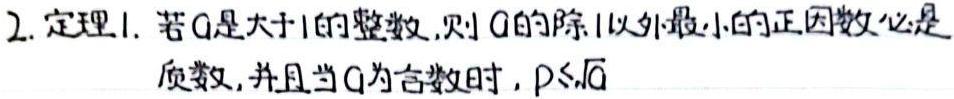
2. 定理1. 若$a$是大于1的整数，则$a$的除1以外最小的正因数必是质数，并且当$a$为合数时，$p\leqslant\sqrt{a}$